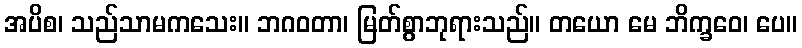
အပိစ၊ သည်သာမကသေး။ ဘဂဝတာ၊ မြတ်စွာဘုရားသည်။ တယော မေ ဘိက္ခဝေ၊ ပေ။